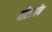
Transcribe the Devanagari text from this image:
गोटलोब